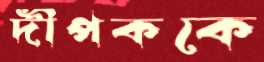
দীপককে